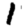
Digit: 1